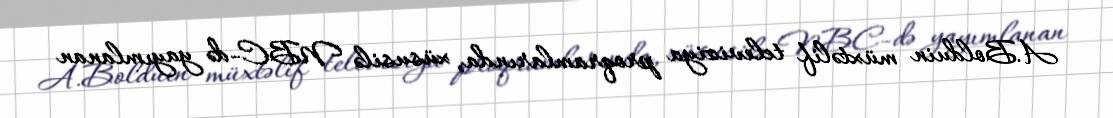
A.Bolduin müxtəlif televiziya proqramlarında, xüsusilə NBC-də yayımlanan